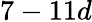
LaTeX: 7-11d